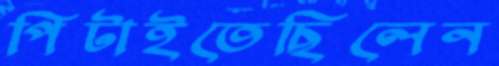
পিটাইতেছিলেন